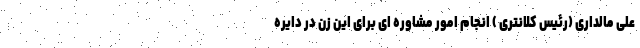
علی مالداری (رئیس کلانتری ) انجام امور مشاوره ای برای این زن در دایره